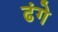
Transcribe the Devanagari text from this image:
ढंगे